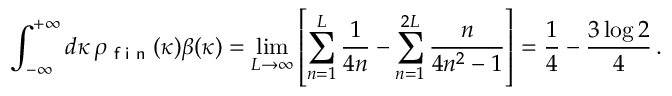
\int _ { - \infty } ^ { + \infty } d \kappa \, \rho _ { \textsf { f i n } } ( \kappa ) \beta ( \kappa ) = \operatorname * { l i m } _ { L \to \infty } \left[ \sum _ { n = 1 } ^ { L } \frac { 1 } { 4 n } - \sum _ { n = 1 } ^ { 2 L } \frac { n } { 4 n ^ { 2 } - 1 } \right] = \frac { 1 } { 4 } - \frac { 3 \log 2 } { 4 } \, .